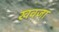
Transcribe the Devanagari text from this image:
खवजा